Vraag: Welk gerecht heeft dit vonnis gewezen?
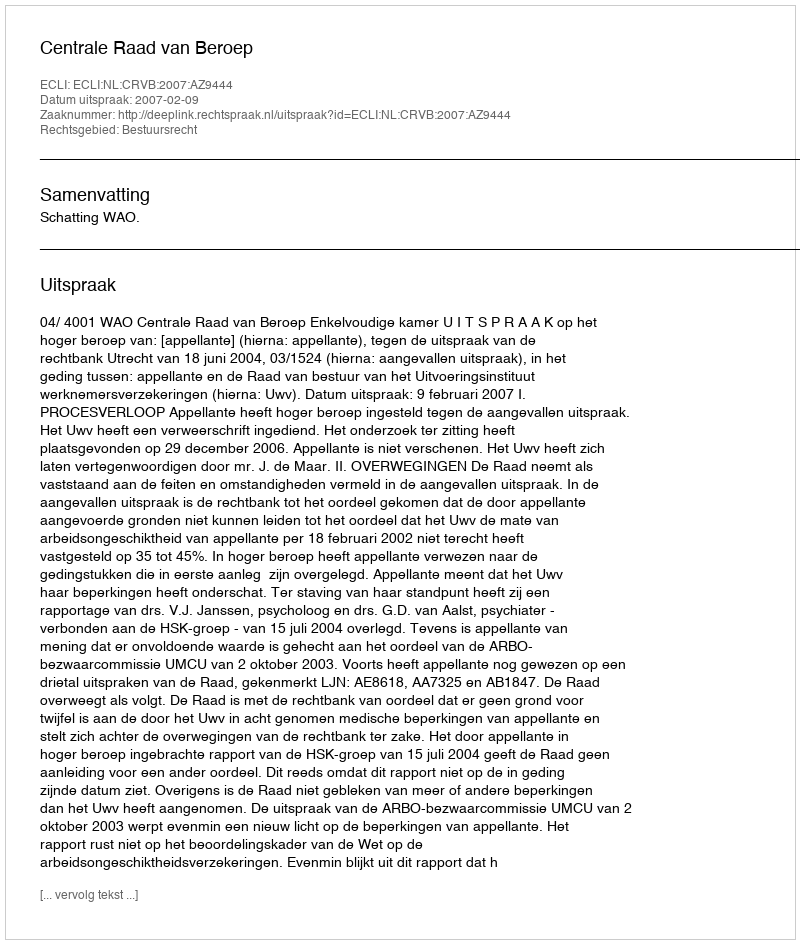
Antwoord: Centrale Raad van Beroep